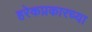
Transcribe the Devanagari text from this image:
हरेकप्रकारच्या